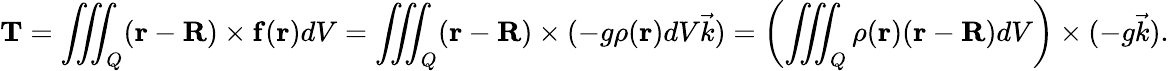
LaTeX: \mathbf{T}=\iiint_{Q}(\mathbf{r}-\mathbf{R})\times\mathbf{f}(\mathbf{r})dV=\iiint_{Q}(\mathbf{r}-\mathbf{R})\times(-g\rho(\mathbf{r})dV{\vec{k}})=\left(\iiint_{Q}\rho(\mathbf{r})(\mathbf{r}-\mathbf{R})dV\right)\times(-g{\vec{k}}).